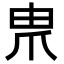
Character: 𤰰